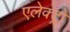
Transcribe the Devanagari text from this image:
एलेक्ट्रो